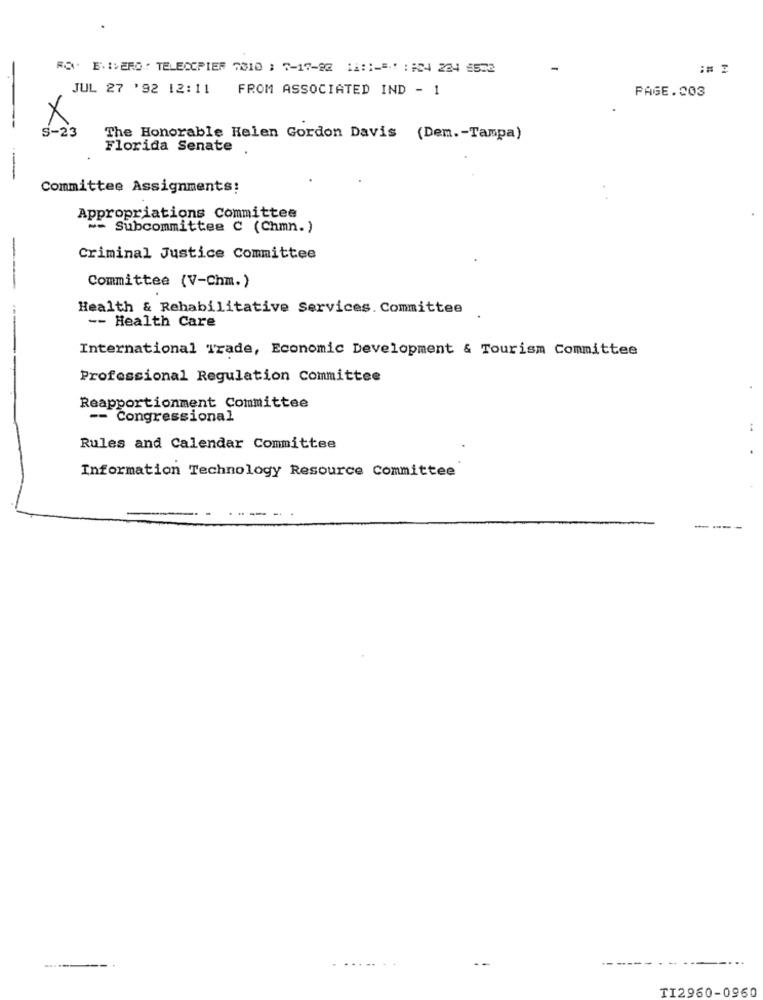
RO. E.IVERO .: TELECCPIER 7310 : 7-17-82 11 ::-= ' :#34 224 6502
-
JUL 27 '92 12:11
FROM ASSOCIATED IND - 1
PAGE.003
X
S - 23
The Honorable Helen Gordon Davis (Dem .- Tampa)
Florida Senate .
Committee Assignments:
Appropriations Committee
~- Subcommittee C (Chmn.)
Criminal Justice Committee
Committee (V-Chm.)
Health & Rehabilitative Services. Committee
-- Health Care
International Trade, Economic Development & Tourism Committee
Professional Regulation Committee
Reapportionment Committee
-- Congressional
Rules and Calendar Committee
Information Technology Resource Committee
---
....
TI2960-0960